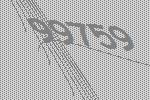
99759